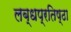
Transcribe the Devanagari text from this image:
लब्धप्रतिष्ठा